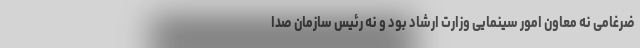
ضرغامی نه معاون امور سینمایی وزارت ارشاد بود و نه رئیس سازمان صدا